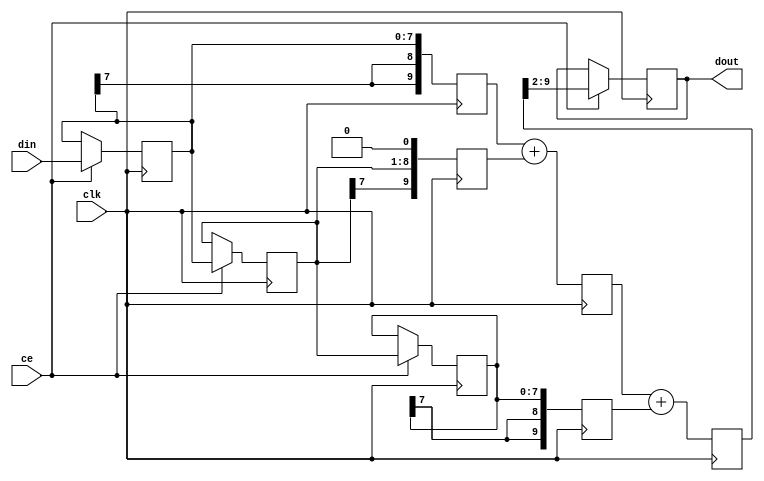

module lp_fltr (clk, din, dout, ce);

   input clk; 
   input[8 - 1:0] din; 
   output[8 - 1:0] dout; 
   reg[8 - 1:0] dout;
   input ce; 

   reg[8 - 1:0] din_tmp_1; 
   reg[8 - 1:0] din_tmp_2; 
   reg[8 - 1:0] din_tmp_3; 
   reg[(8 + 2) - 1:0] sum_tmp_1; 
   reg[(8 + 2) - 1:0] sum_tmp_2; 
   reg[(8 + 2) - 1:0] sum_tmp_3; 
   reg[(8 + 2) - 1:0] add_tmp_1; 
   reg[(8 + 2) - 1:0] add_tmp_2; 

   always @(posedge clk)
   begin
         if (ce == 1'b1)
         begin
            din_tmp_1 <= din ; 
            din_tmp_2 <= din_tmp_1 ; 
            din_tmp_3 <= din_tmp_2 ; 
            dout <= add_tmp_2[(8 + 2) - 1:2] ; 
         end 
         sum_tmp_1 <= {din_tmp_1[8 - 1], din_tmp_1[8 - 1], din_tmp_1} ; 
         sum_tmp_2 <= {din_tmp_2[8 - 1], din_tmp_2, 1'b0} ; 
         sum_tmp_3 <= {din_tmp_3[8 - 1], din_tmp_3[8 - 1], din_tmp_3} ; 
         add_tmp_1 <= sum_tmp_1 + sum_tmp_2 ; 
         add_tmp_2 <= add_tmp_1 + sum_tmp_3 ; 
   end 
endmodule